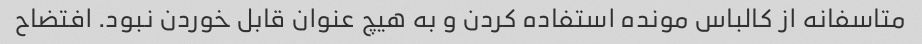
متاسفانه از کالباس مونده استفاده کردن و به هیچ عنوان قابل خوردن نبود. افتضاح